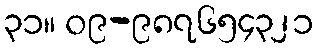
၃၁။ ၀၉-၉၈၇၆၅၄၃၂၁